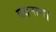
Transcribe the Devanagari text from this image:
बदनाम।